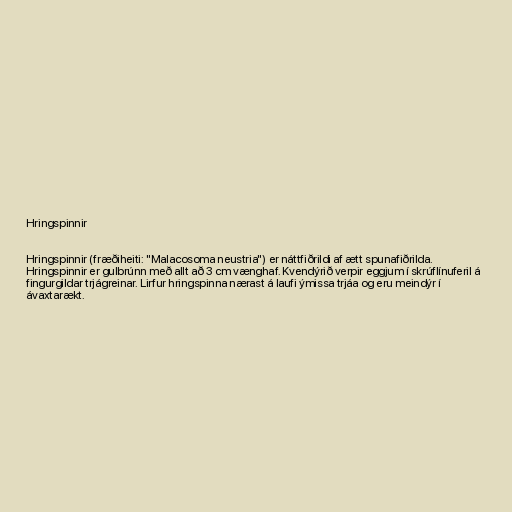
Hringspinnir

Hringspinnir (fræðiheiti: "Malacosoma neustria") er náttfiðrildi af ætt spunafiðrilda.
Hringspinnir er gulbrúnn með allt að 3 cm vænghaf. Kvendýrið verpir eggjum í skrúflínuferil á
fingurgildar trjágreinar. Lirfur hringspinna nærast á laufi ýmissa trjáa og eru meindýr í
ávaxtarækt.